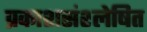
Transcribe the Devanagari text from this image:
प्रकाशसंश्लेषित